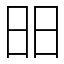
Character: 昍